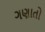
ગણાતો